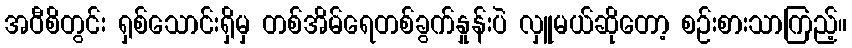
အဝီစိတွင်း ရှစ်သောင်းရှိမှ တစ်အိမ်ရေတစ်ခွက်နှုန်းပဲ လှူမယ်ဆိုတော့ စဉ်းစားသာကြည့်။